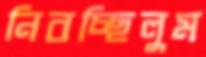
নিবচ্ছিলুম